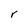
Character: r